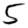
Digit: 5